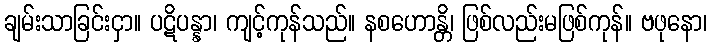
ချမ်းသာခြင်းငှာ။ ပဋိပန္နာ၊ ကျင့်ကုန်သည်။ နစဟောန္တိ၊ ဖြစ်လည်းမဖြစ်ကုန်။ ဗဖုနော၊